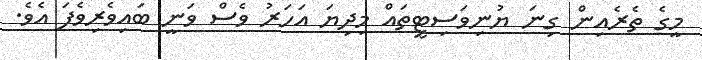
މީގެ ތެރެއިން ގިނަ ޔުނިވަސިޓީތައް މިދިޔަ އަހަރު ވެސް ވަނީ ބައިވެރިވެފަ އެވެ.